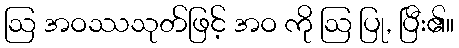
ဩ အဝဿသုတ်ဖြင့် အဝ ကို ဩ ပြု, ပြီး၏။